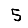
Digit: 5